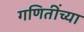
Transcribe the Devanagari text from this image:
गणितींच्या